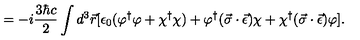
= - i \frac { 3 \hbar c } { 2 } \int d ^ { 3 } \vec { r } [ \epsilon _ { 0 } ( \varphi ^ { \dagger } \varphi + \chi ^ { \dagger } \chi ) + \varphi ^ { \dagger } ( \vec { \sigma } \cdot \vec { \epsilon } ) \chi + \chi ^ { \dagger } ( \vec { \sigma } \cdot \vec { \epsilon } ) \varphi ] { . }